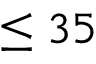
\leq 3 5